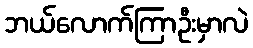
ဘယ်လောက်ကြာဦးမှာလဲ